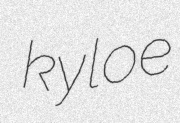
kyloe